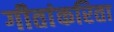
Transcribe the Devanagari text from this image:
गीतांकरिता